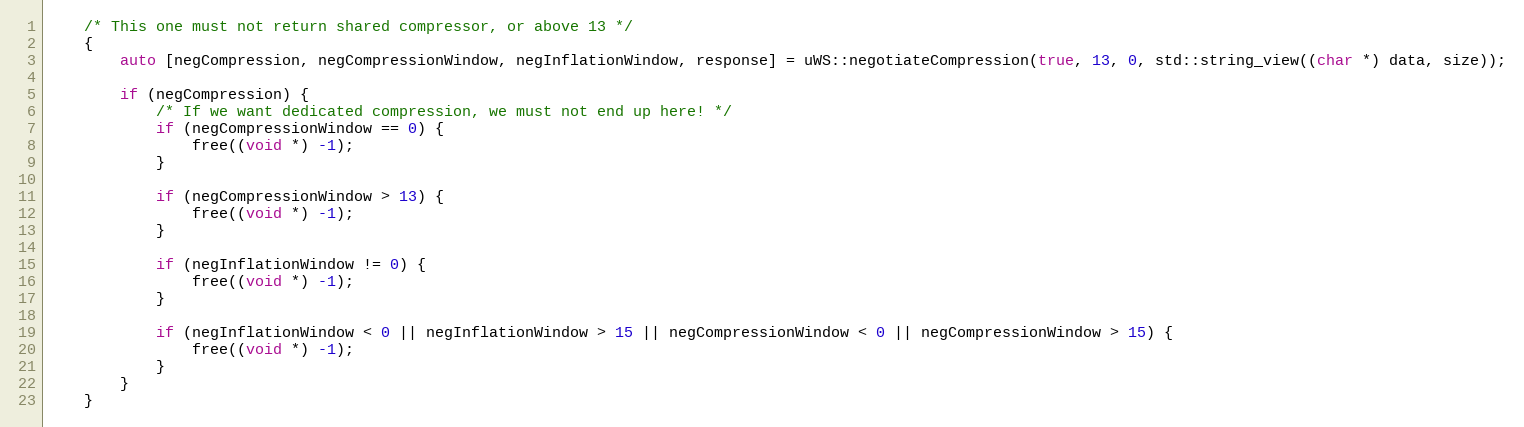
Language: C++
    /* This one must not return shared compressor, or above 13 */
    {
        auto [negCompression, negCompressionWindow, negInflationWindow, response] = uWS::negotiateCompression(true, 13, 0, std::string_view((char *) data, size));

        if (negCompression) {
            /* If we want dedicated compression, we must not end up here! */
            if (negCompressionWindow == 0) {
                free((void *) -1);
            }

            if (negCompressionWindow > 13) {
                free((void *) -1);
            }

            if (negInflationWindow != 0) {
                free((void *) -1);
            }

            if (negInflationWindow < 0 || negInflationWindow > 15 || negCompressionWindow < 0 || negCompressionWindow > 15) {
                free((void *) -1);
            }
        }
    }